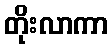
တိုးလာကာ